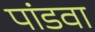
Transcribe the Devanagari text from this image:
पांडवा